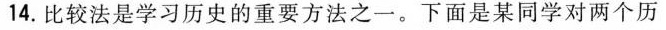
14.比较法是学习历史的重要方法之一。下面是某同学对两个历